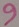
Text: 9